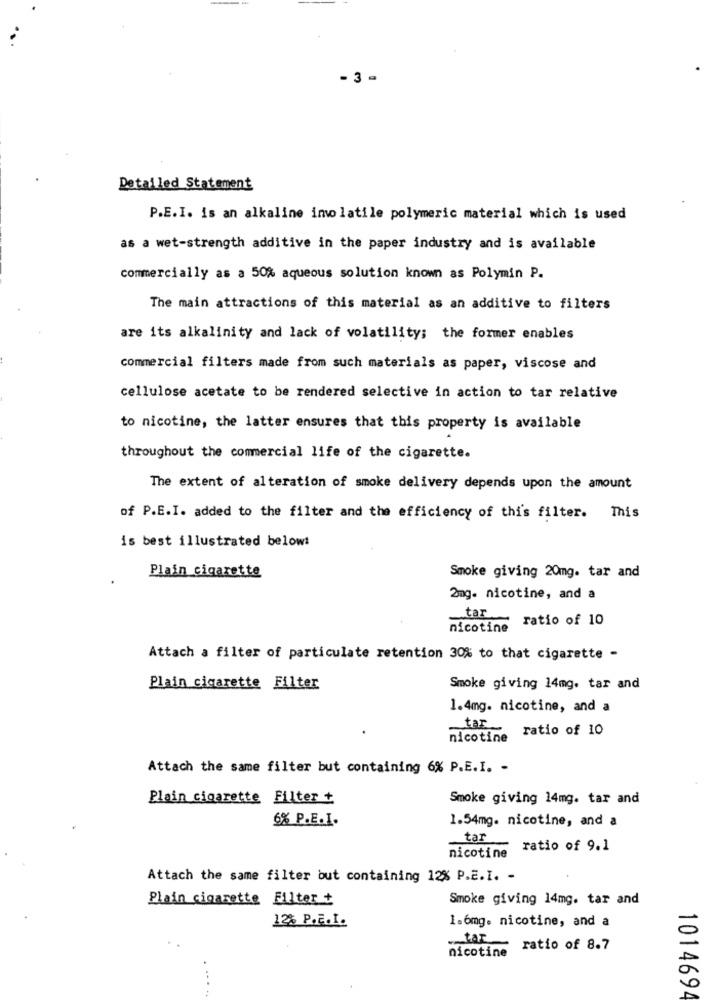
- 3 -
Detailed Statement
P.E.I. is an alkaline imolatile polymeric material which is used
as a wet-strength additive in the paper industry and is available
commercially as a 50% aqueous solution known as Polymin P.
The main attractions of this material as an additive to filters
are its alkalinity and lack of volatility; the former enables
commercial filters made from such materials as paper, viscose and
cellulose acetate to be rendered selective in action to tar relative
to nicotine, the latter ensures that this property is available
throughout the commercial life of the cigarette.
The extent of alteration of smoke delivery depends upon the amount
of P.E.I. added to the filter and the efficiency of this filter. This
is best illustrated belowt
Plain cigarette
Smoke giving 20mg. tar and
2mg. nicotine, and a
tar
ratio of 10
nicotine
Attach a filter of particulate retention 30% to that cigarette -
Plain cigarette Filter
Smoke giving 14mg. tar and
1.4mg. nicotine, and a
tar
ratio of 10
nicotine
Attach the same filter but containing 6% P.E.I. -
Plain cigarette Filter +
Smoke giving 14mg. tar and
6% P.E.I.
1.54mg. nicotine, and a
tar
ratio of 9.1
nicotine
Attach the same filter but containing 12% P.E.I. -
Plain cigarette Filter +
Smoke giving 14mg. tar and
12% P.E.I.
1.6mg. nicotine, and a
tar
nicotine
ratio of 8.7
..
1014694